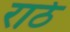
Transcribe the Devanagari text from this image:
राठे